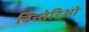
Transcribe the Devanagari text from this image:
वित्तोरिओ